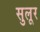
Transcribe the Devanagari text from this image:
सुलूर